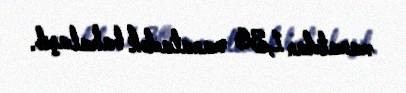
manatdan 1,30 manatadək bahalaşıb.